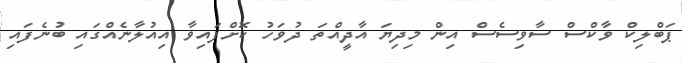
ޕަބްލިކް ވާކްސް ސާވިސެސް އިން މިދިޔަ އާދީއްތަ ދުވަހު ކޮށްފައިވާ އިއުލާނެއްގައި ބުނެފައި